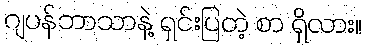
ဂျပန်ဘာသာနဲ့ ရှင်းပြတဲ့ စာ ရှိလား။